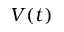
V ( t )